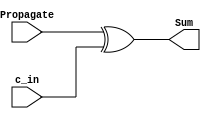
// =============================================================================
// Author: 
// Affiliation: Hong Kong University of Science and Technology
// Description:
// -----------------------------------------------------------------------------
module SUM_generate(
	input [0:0] Propagate,
	input [0:0] c_in,
	output [0:0] Sum
);

xor xor_1(Sum, Propagate, c_in);

endmodule